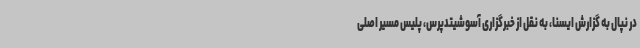
در نپال به گزارش ایسنا، به نقل از خبرگزاری آسوشیتدپرس، پلیس مسیر اصلی